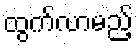
ထွက်လာမည့်